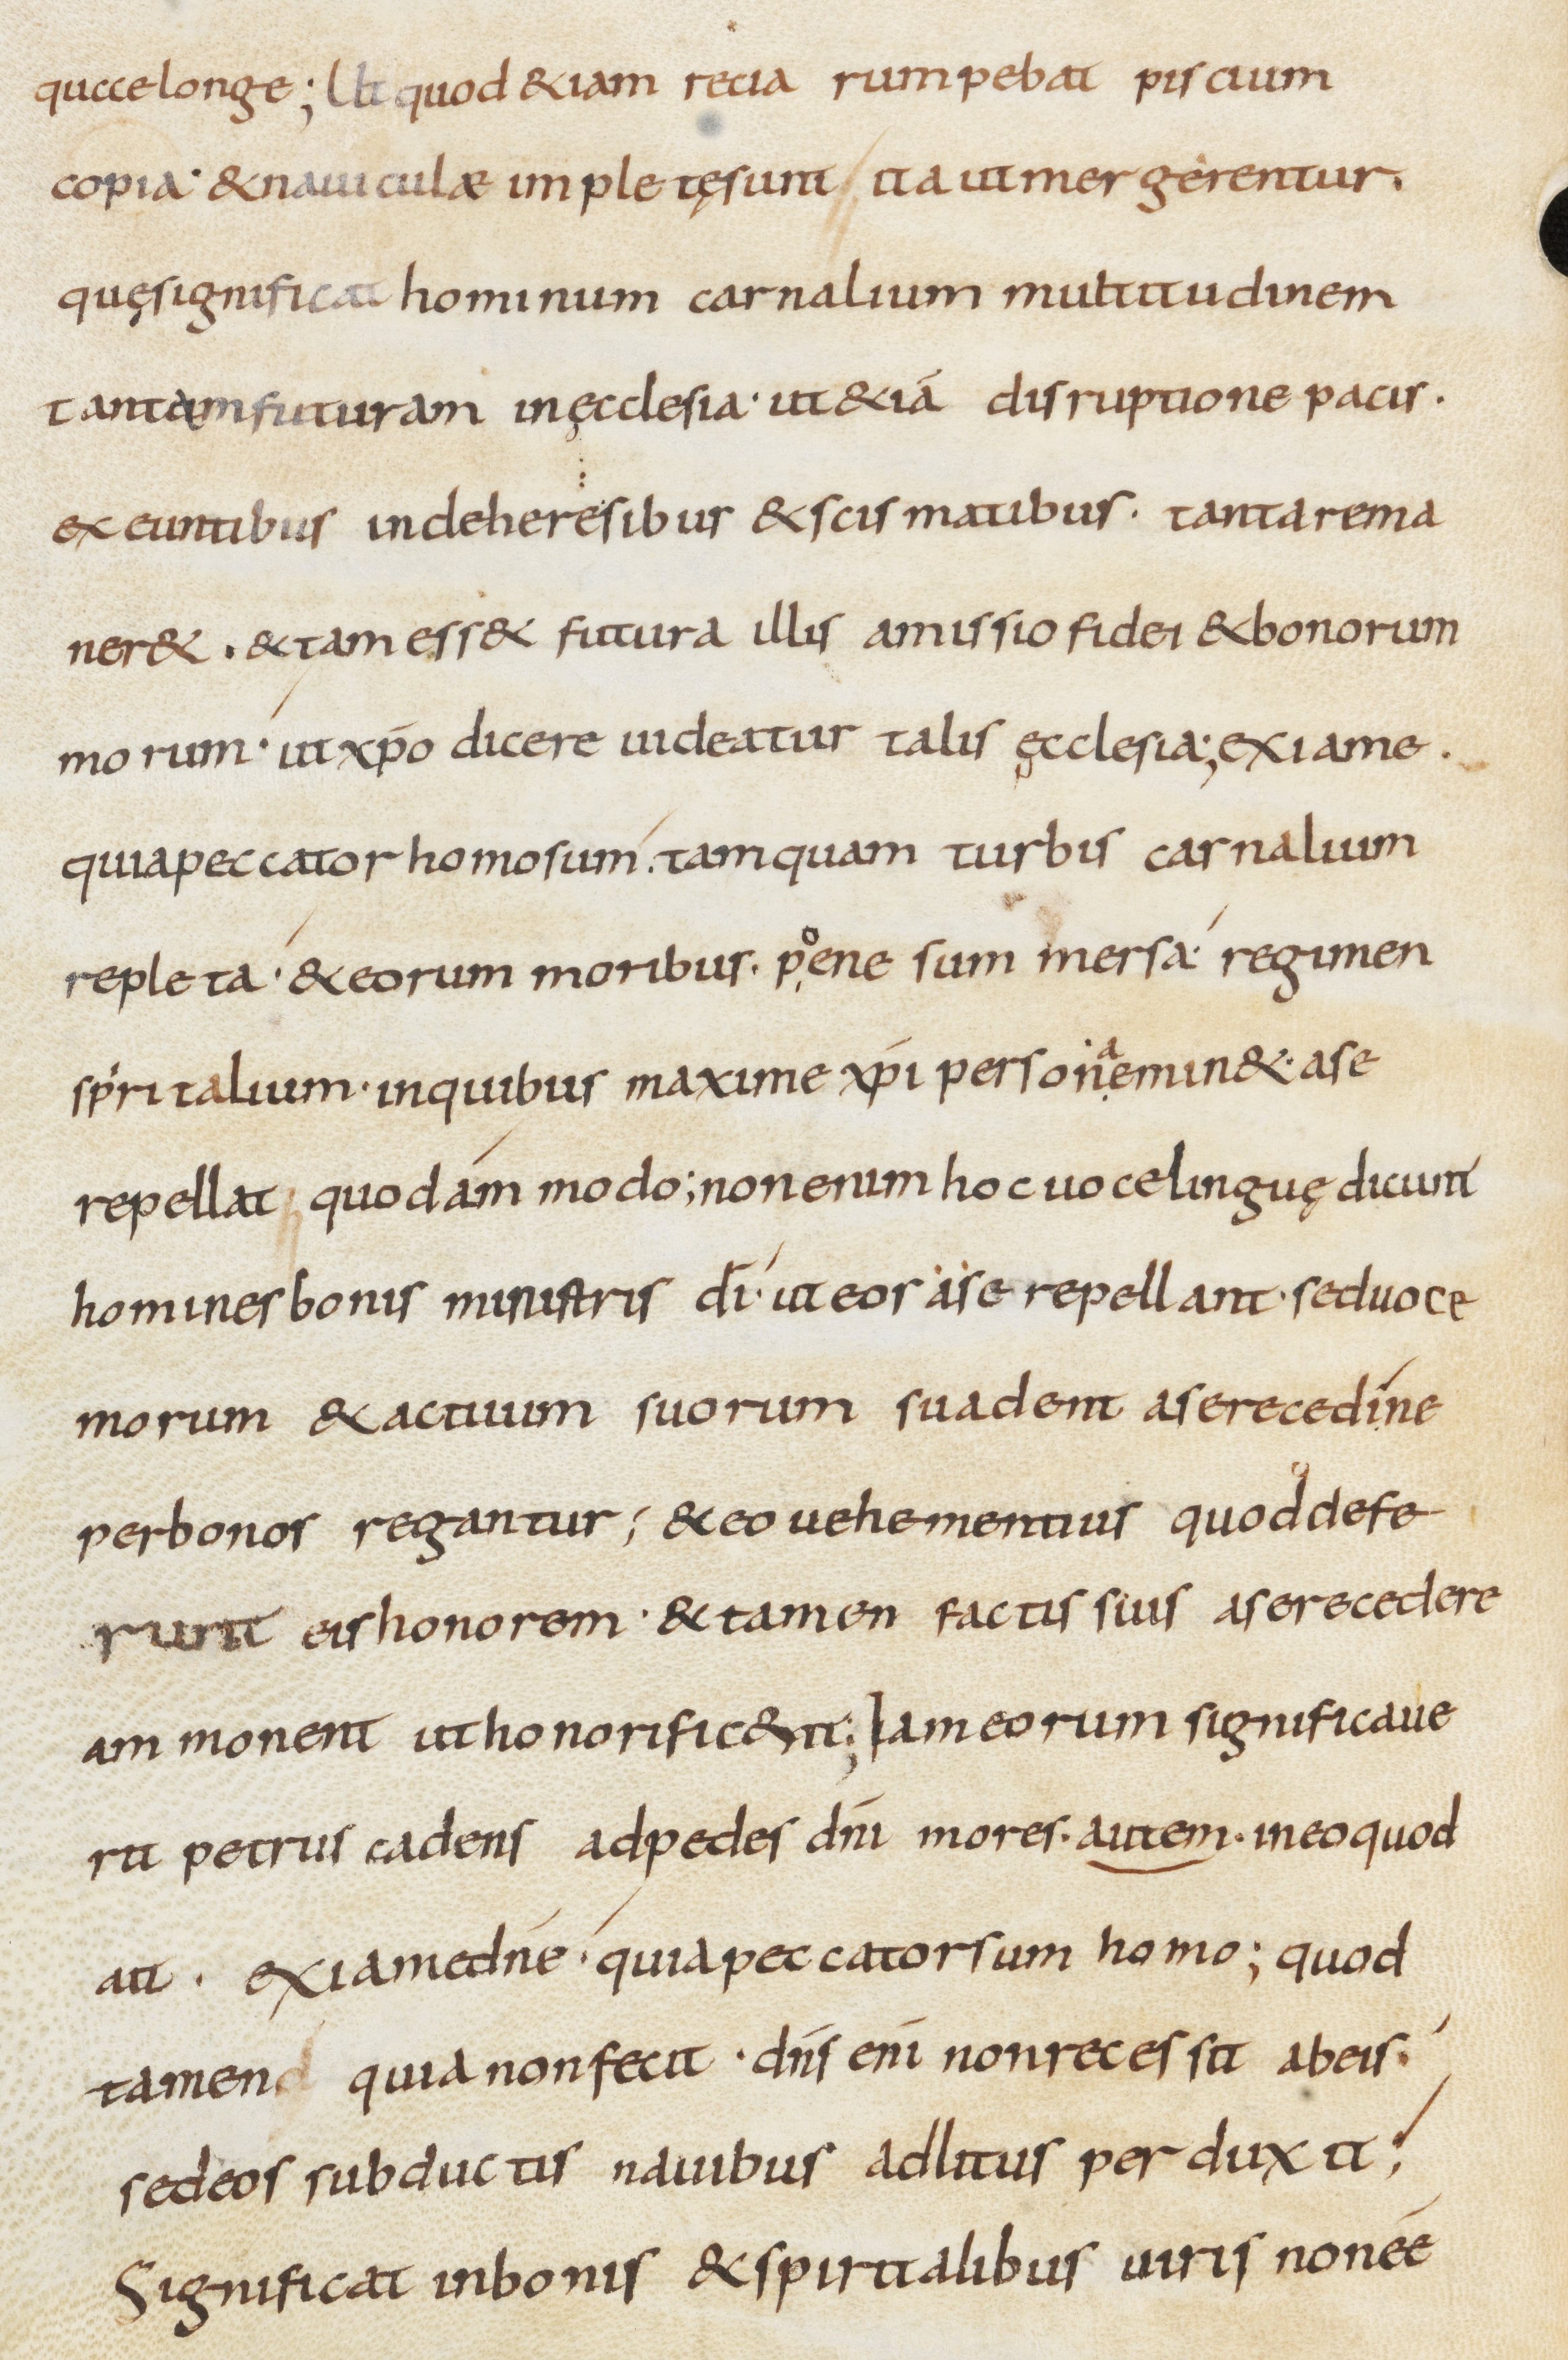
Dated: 800–899